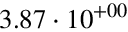
3 . 8 7 \cdot 1 0 ^ { + 0 0 }